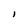
Character: l